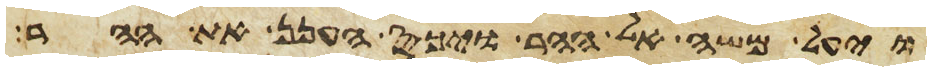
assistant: ויעל משה אל ההר ויכס הענן את ההר